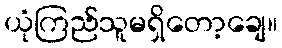
ယုံကြည်သူမရှိတော့ချေ။